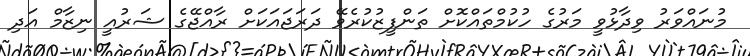
މުނައްވަރު ވިދާޅުވީ މަރުގެ ހުކުމްތައްކޮށް ތަންފީޒުކުރެވޭ ދަރަޖައަކަށް ރާއްޖޭގެ ޝަރުއީ ނިޒާމް އަދި